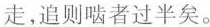
走，追则啮者过半矣。